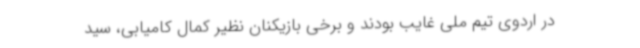
در اردوی تیم ملی غایب بودند و برخی بازیکنان نظیر کمال کامیابی‌، سید